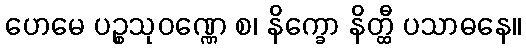
ဟေမေ ပဉ္စသုဝဏ္ဏေ စ၊ နိက္ခော နိတ္ထီ ပသာဓနေ။